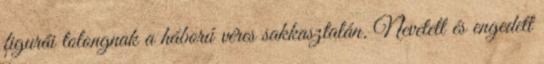
figurái tolongnak a háború véres sakkasztalán. Nevetett és engedett